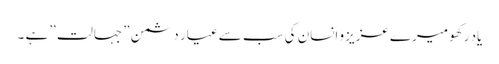
یاد رکھو میرے عزیزو انسان کی سب سے عیار دشمن ” جہالت ” ہے ۔